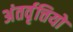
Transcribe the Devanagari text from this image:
अंतर्वृत्तियों